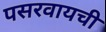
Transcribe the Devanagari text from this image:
पसरवायची